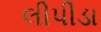
લીપીડા